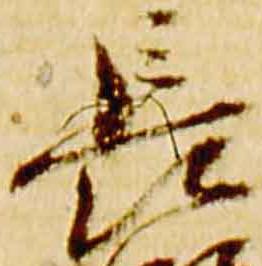
長